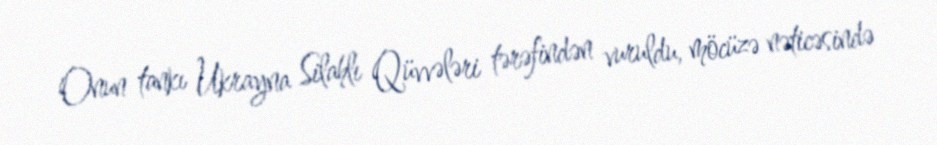
Onun tankı Ukrayna Silahlı Qüvvələri tərəfindən vuruldu, möcüzə nəticəsində